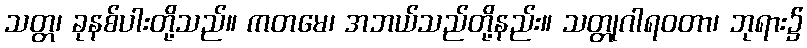
သတ္တ၊ ခုနစ်ပါးတို့သည်။ ကတမေ၊ အဘယ်သည်တို့နည်း။ သတ္တုဂါရဝတာ၊ ဘုရား၌